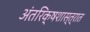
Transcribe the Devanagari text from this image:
अंतरिक्षशास्त्रात